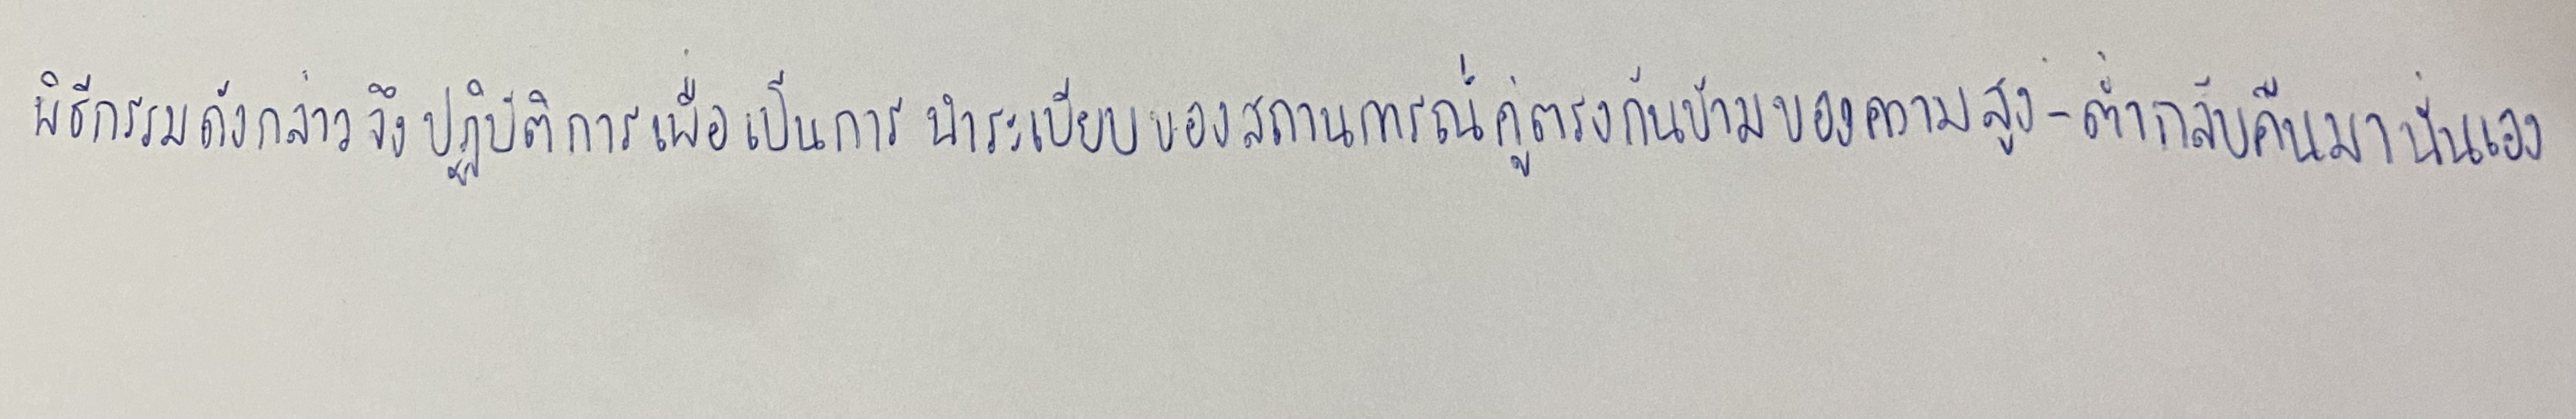
พิธีกรรมดังกล่าวจึงปฏิบัติการเพื่อเป็นการนำระเบียบของสถานการณ์คู่ตรงกันข้ามของความสูง-ต่ำกลับคืนมานั่นเอง